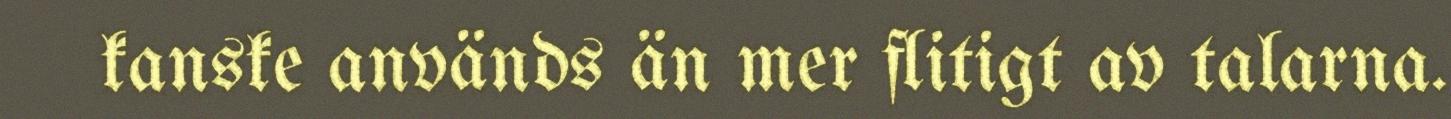
kanske används än mer flitigt av talarna.